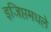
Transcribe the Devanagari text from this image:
इजिप्तमधले